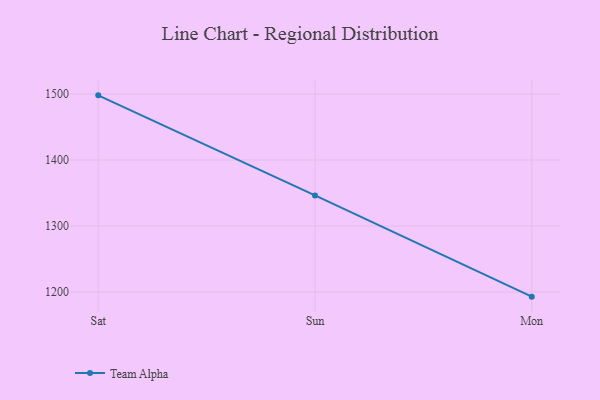
{"axis": {"x": "Day", "y": "Headcount"}, "legend": ["Team Alpha"], "data": [{"x": "Sat", "y": 1497.9, "type": "Team Alpha"}, {"x": "Sun", "y": 1346.4, "type": "Team Alpha"}, {"x": "Mon", "y": 1193.1, "type": "Team Alpha"}]}